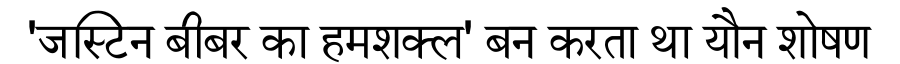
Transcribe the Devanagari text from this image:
'जस्टिन बीबर का हमशक्ल' बन करता था यौन शोषण